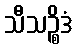
သီသဉ္စိဒံ